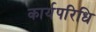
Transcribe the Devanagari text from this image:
कार्यपरिधि